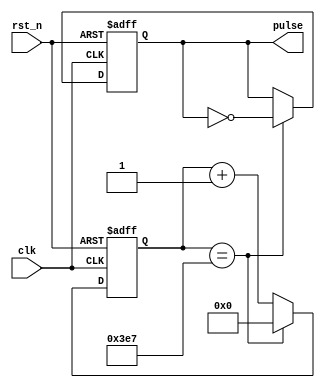
module pulse_generator (
    input clk,
    input rst_n,
    output reg pulse
);

reg [15:0] counter;

always @(posedge clk or negedge rst_n) begin
    if (~rst_n) begin
        counter <= 16'd0;
        pulse <= 1'b0;
    end else begin
        if (counter == 16'd999) begin
            counter <= 16'd0;
            pulse <= ~pulse;
        end else begin
            counter <= counter + 1;
        end
    end
end

endmodule